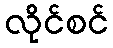
လိုင်စင်